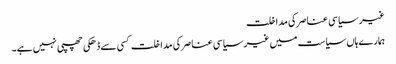
غیر سیاسی عناصر کی مداخلت
ہمارےہاں سیاست میں غیر سیاسی عناصر کی مداخلت کسی سے ڈھکی چھپی نہیں ہے۔